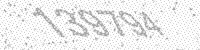
Solution: 139794